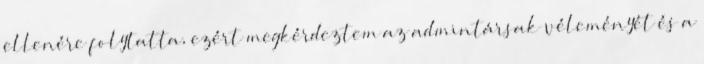
ellenére folytatta, ezért megkérdeztem az admintársak véleményét és a